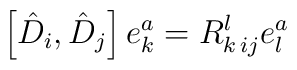
\left[    \hat{D}_i, \hat{D}_j  \right] e^a_k =  R^l_{k \,ij}e^a_l